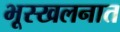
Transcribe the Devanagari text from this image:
भूस्खलनात